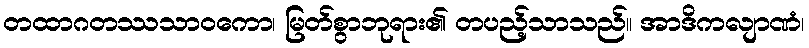
တထာဂတဿသာဝကော၊ မြတ်စွာဘုရား၏ တပည့်သာသည်။ အာဒိကလျာဏံ၊